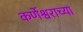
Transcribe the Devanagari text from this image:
कर्णेश्वराच्या